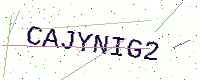
Text: CAJYNIG2